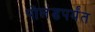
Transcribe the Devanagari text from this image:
पोलंडपर्यंत